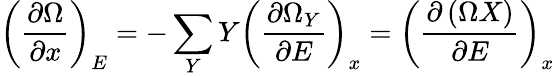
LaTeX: \left({\frac{\partial\Omega}{\partial x}}\right)_{E}=-\sum_{Y}Y\left({\frac{\partial\Omega_{Y}}{\partial E}}\right)_{x}=\left({\frac{\partial\left(\Omega X\right)}{\partial E}}\right)_{x}